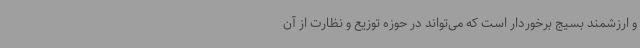
و ارزشمند بسیج برخوردار است که می‌تواند در حوزه توزیع و نظارت از آن